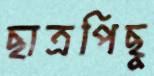
ছাত্রপিছু